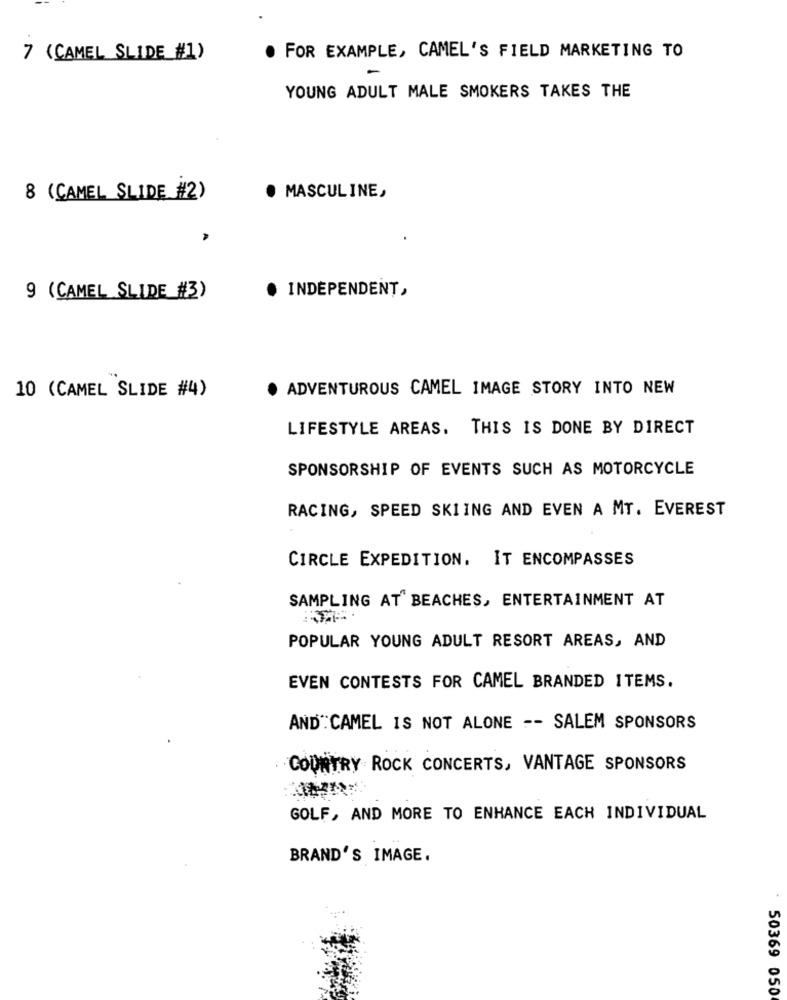
7 (CAMEL SLIDE #1)
. FOR EXAMPLE, CAMEL'S FIELD MARKETING TO
-
YOUNG ADULT MALE SMOKERS TAKES THE
8 (CAMEL SLIDE #2)
· MASCULINE,
· INDEPENDENT,
9 (CAMEL SLIDE #3)
10 (CAMEL SLIDE #4)
. ADVENTUROUS CAMEL IMAGE STORY INTO NEW
LIFESTYLE AREAS. THIS IS DONE BY DIRECT
SPONSORSHIP OF EVENTS SUCH AS MOTORCYCLE
RACING, SPEED SKIING AND EVEN A MT. EVEREST
CIRCLE EXPEDITION. IT ENCOMPASSES
SAMPLING AT BEACHES, ENTERTAINMENT AT
POPULAR YOUNG ADULT RESORT AREAS, AND
EVEN CONTESTS FOR CAMEL BRANDED ITEMS.
AND :CAMEL IS NOT ALONE -- SALEM SPONSORS
COUNTRY ROCK CONCERTS, VANTAGE SPONSORS
GOLF, AND MORE TO ENHANCE EACH INDIVIDUAL
BRAND'S IMAGE.
: 50369 050